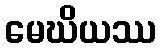
မေဃိယဿ